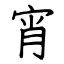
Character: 宵